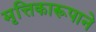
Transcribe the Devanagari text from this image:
मृत्तिकारूपाने